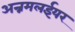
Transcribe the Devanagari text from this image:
अन्नमलईयर